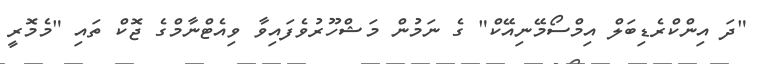
"ދަ އިންކްރެޑިބަލް އިމްސޯމޭނިއޭކް" ގެ ނަމުން މަޝްހޫރުވެފައިވާ ވިއެޓްނާމްގެ ޖޮކް ތައި "މެމޮރީ